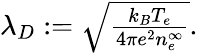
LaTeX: \begin{array}{r}{\lambda_{D}:=\sqrt{\frac{k_{B}T_{e}}{4\pi e^{2}n_{e}^{\infty}}}.}\end{array}